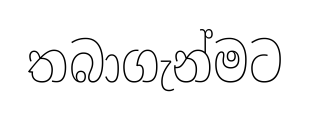
තබාගැන්මට